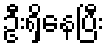
ဦးရှိနေပြီး